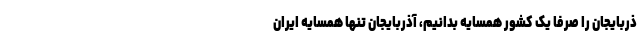
ذربایجان را صرفا یک کشور همسایه بدانیم، آذربایجان تنها همسایه ایران